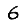
Digit: 6